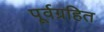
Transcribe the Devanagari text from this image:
पूर्वग्रहित